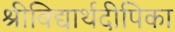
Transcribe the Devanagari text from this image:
श्रीविद्यार्थदीपिका